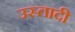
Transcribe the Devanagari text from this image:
उस्तादी